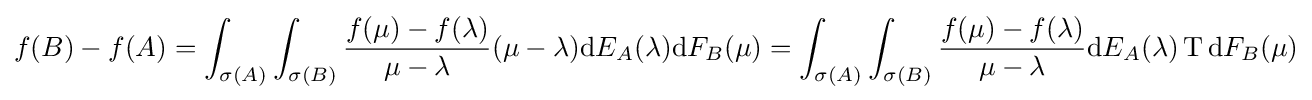
f(B)-f(A)=\int _{\sigma (A)}\int _{\sigma (B)}{\frac {f(\mu )-f(\lambda )}{\mu -\lambda }}(\mu -\lambda )\mathrm {d} E_{A}(\lambda )\mathrm {d} F_{B}(\mu )=\int _{\sigma (A)}\int _{\sigma (B)}{\frac {f(\mu )-f(\lambda )}{\mu -\lambda }}\mathrm {d} E_{A}(\lambda )\operatorname {T} \mathrm {d} F_{B}(\mu )